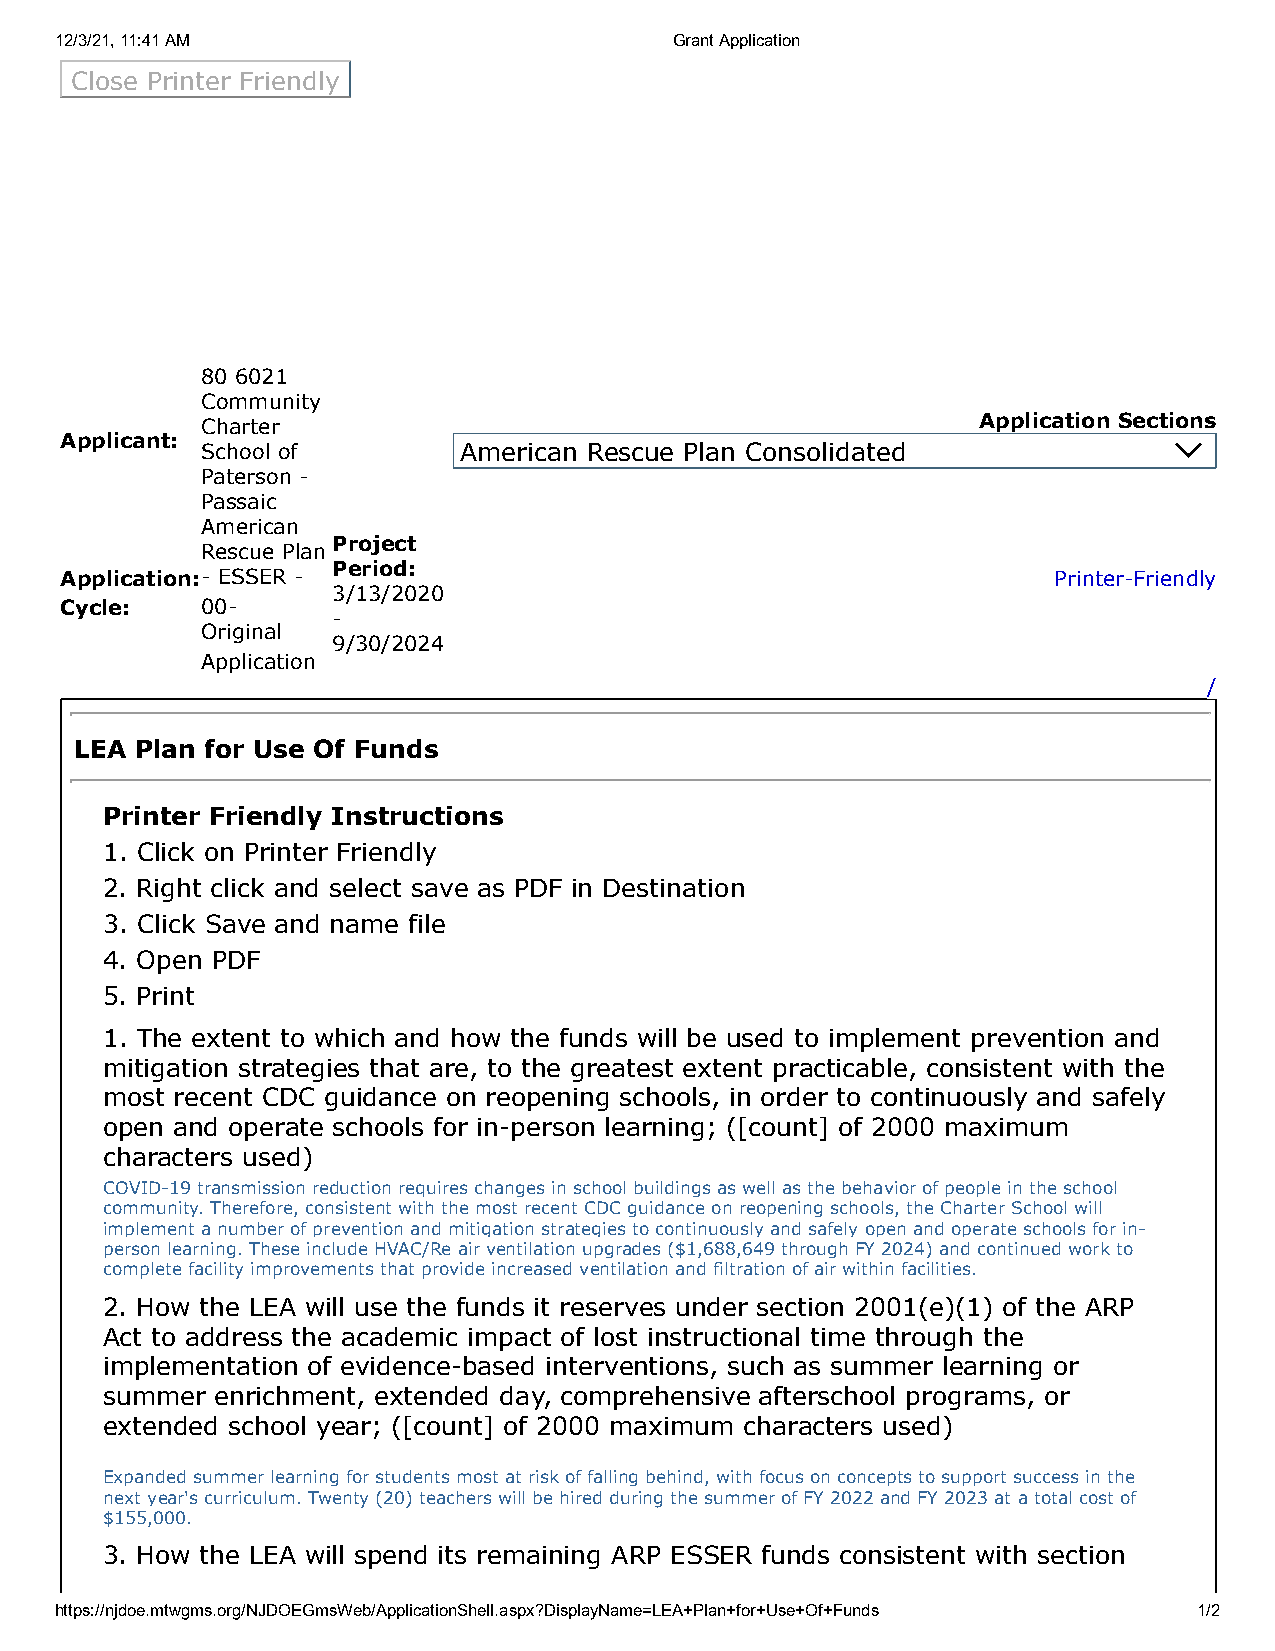
12/3/21, 11:41 AM                        Grant Application
 Close Printer Friendly
 80 6021
 Community
 Charter                                             Application Sections
 Applicant:
 School of        American Rescue Plan Consolidated
 Paterson -
 Passaic
 American
 Project
 Rescue Plan
 Period:
 Application:- ESSER -                                             Printer-Friendly
 3/13/2020
 Cycle:   00-
 -
 Original
 9/30/2024
 Application
 /
 LEA Plan for Use Of Funds
 Printer Friendly Instructions
 1. Click on Printer Friendly
 2. Right click and select save as PDF in Destination
 3. Click Save and name file
 4. Open PDF
 5. Print
 1. The extent to which and how the funds will be used to implement prevention and
 mitigation strategies that are, to the greatest extent practicable, consistent with the
 most recent CDC guidance on reopening schools, in order to continuously and safely
 open and operate schools for in-person learning; ([count] of 2000 maximum
 characters used)
 COVID-19 transmission reduction requires changes in school buildings as well as the behavior of people in the school
 community. Therefore, consistent with the most recent CDC guidance on reopening schools, the Charter School will
 implement a number of prevention and mitigation strategies to continuously and safely open and operate schools for in-
 person learning. These include HVAC/Re air ventilation upgrades ($1,688,649 through FY 2024) and continued work to
 complete facility improvements that provide increased ventilation and filtration of air within facilities.
 2. How the LEA will use the funds it reserves under section 2001(e)(1) of the ARP
 Act to address the academic impact of lost instructional time through the
 implementation of evidence-based interventions, such as summer learning or
 summer enrichment, extended day, comprehensive afterschool programs, or
 extended school year; ([count] of 2000 maximum characters used)
 Expanded summer learning for students most at risk of falling behind, with focus on concepts to support success in the
 next year's curriculum. Twenty (20) teachers will be hired during the summer of FY 2022 and FY 2023 at a total cost of
 $155,000.
 3. How the LEA will spend its remaining ARP ESSER funds consistent with section
 https://njdoe.mtwgms.org/NJDOEGmsWeb/ApplicationShell.aspx?DisplayName=LEA+Plan+for+Use+Of+Funds 1/2